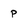
Character: p